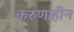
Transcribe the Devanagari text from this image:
करुणाहीन